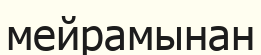
мейрамынан